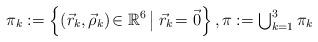
LaTeX: \begin{align*} \pi_k:=\left\{(\vec{r}_k,\vec{\rho}_k)\!\in\mathbb{R}^6\,\big|\;\vec{r}_k\!=\vec{0}\right\},\pi:=\textstyle{\bigcup_{k=1}^3 \pi_k}\end{align*}